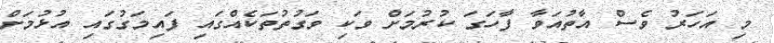
މި އަހަރު ވެސް އާތުއަވާ ފާހަގަ ކުރުމަށް ވަކި ވަގުތުތަކެއްގައި ފައިމަގުގައި އުޅުމަށް